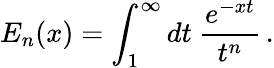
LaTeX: E_{n}(x)=\int_{1}^{\infty}dt\ \frac{e^{-xt}}{t^{n}}\, .